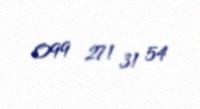
099 271 31 54